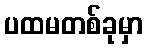
ပထမတစ်ခုမှာ